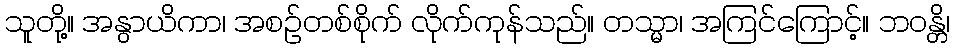
သူတို့။ အနွာယိကာ၊ အစဉ်တစ်စိုက် လိုက်ကုန်သည်။ တသ္မာ၊ အကြင်ကြောင့်။ ဘဝန္တိ၊